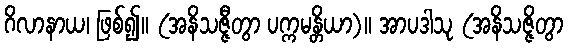
ဂိလာနာယ၊ ဖြစ်၍။ (အနိသဇ္ဇီတွာ ပက္ကမန္တိယာ)။ အာပဒါသု (အနိသဇ္ဇိတွာ